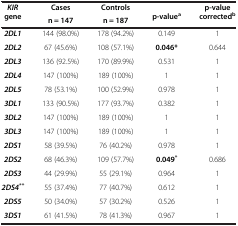
<table><thead><tr><td><b><i>KIR </i>gene</b></td><td><b>Cases</b></td><td><b>Controls</b></td><td><b>p-value<sup><i>a</i></sup></b></td><td><b>p-value corrected<sup><i>b</i></sup></b></td></tr><tr><td><b> </b></td><td><b>n = 147</b></td><td><b>n = 187</b></td><td><b> </b></td><td><b> </b></td></tr></thead><tbody><tr><td><b><i>2DL1</i></b></td><td>144 (98.0%)</td><td>178 (94.2%)</td><td>0.149</td><td>1</td></tr><tr><td><b><i>2DL2</i></b></td><td>67 (45.6%)</td><td>108 (57.1%)</td><td><b>0.046*</b></td><td>0.644</td></tr><tr><td><b><i>2DL3</i></b></td><td>136 (92.5%)</td><td>170 (89.9%)</td><td>0.531</td><td>1</td></tr><tr><td><b><i>2DL4</i></b></td><td>147 (100%)</td><td>189 (100%)</td><td>1</td><td>1</td></tr><tr><td><b><i>2DL5</i></b></td><td>78 (53.1%)</td><td>100 (52.9%)</td><td>0.978</td><td>1</td></tr><tr><td><b><i>3DL1</i></b></td><td>133 (90.5%)</td><td>177 (93.7%)</td><td>0.382</td><td>1</td></tr><tr><td><b><i>3DL2</i></b></td><td>147 (100%)</td><td>189 (100%)</td><td>1</td><td>1</td></tr><tr><td><b><i>3DL3</i></b></td><td>147 (100%)</td><td>189 (100%)</td><td>1</td><td>1</td></tr><tr><td><b><i>2DS1</i></b></td><td>58 (39.5%)</td><td>76 (40.2%)</td><td>0.978</td><td>1</td></tr><tr><td><b><i>2DS2</i></b></td><td>68 (46.3%)</td><td>109 (57.7%)</td><td><b>0.049</b><sup><b>*</b></sup></td><td>0.686</td></tr><tr><td><b><i>2DS3</i></b></td><td>44 (29.9%)</td><td>55 (29.1%)</td><td>0.964</td><td>1</td></tr><tr><td><b><i>2DS4</i></b><sup><b><i>**</i></b></sup></td><td>55 (37.4%)</td><td>77 (40.7%)</td><td>0.612</td><td>1</td></tr><tr><td><b><i>2DS5</i></b></td><td>50 (34.0%)</td><td>57 (30.2%)</td><td>0.526</td><td>1</td></tr><tr><td><b><i>3DS1</i></b></td><td>61 (41.5%)</td><td>78 (41.3%)</td><td>0.967</td><td>1</td></tr></tbody></table>